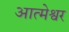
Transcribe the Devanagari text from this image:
आत्मेश्वर